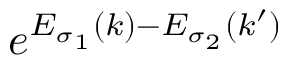
e ^ { E _ { \sigma _ { 1 } } ( k ) - E _ { \sigma _ { 2 } } ( k ^ { \prime } ) }